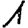
Digit: 1